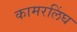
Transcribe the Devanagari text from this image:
कामरलिंघ